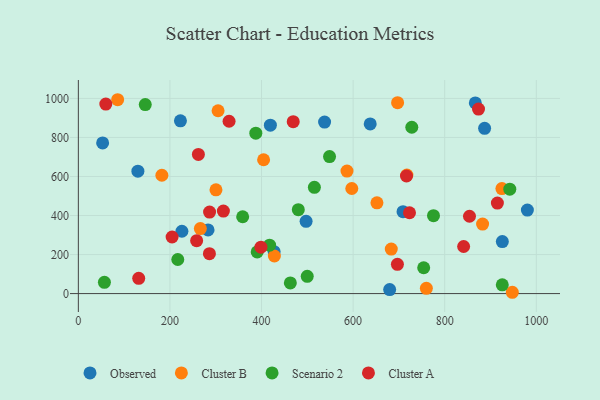
{"axis": {"x": "Experience", "y": "Demand"}, "legend": ["Cluster A", "Cluster B", "Observed", "Scenario 2"], "data": [{"x": "709.0", "y": 419.8, "type": "Observed"}, {"x": "419.3", "y": 862.7, "type": "Observed"}, {"x": "130.0", "y": 627.1, "type": "Observed"}, {"x": "887.1", "y": 846.9, "type": "Observed"}, {"x": "53.0", "y": 771.8, "type": "Observed"}, {"x": "925.8", "y": 266.3, "type": "Observed"}, {"x": "637.3", "y": 869.2, "type": "Observed"}, {"x": "497.3", "y": 370.0, "type": "Observed"}, {"x": "283.2", "y": 326.0, "type": "Observed"}, {"x": "222.9", "y": 885.4, "type": "Observed"}, {"x": "980.5", "y": 427.9, "type": "Observed"}, {"x": "537.7", "y": 879.0, "type": "Observed"}, {"x": "679.8", "y": 20.3, "type": "Observed"}, {"x": "866.8", "y": 976.9, "type": "Observed"}, {"x": "226.1", "y": 319.5, "type": "Observed"}, {"x": "427.5", "y": 214.8, "type": "Observed"}, {"x": "759.9", "y": 26.7, "type": "Cluster B"}, {"x": "182.4", "y": 606.2, "type": "Cluster B"}, {"x": "266.4", "y": 333.3, "type": "Cluster B"}, {"x": "652.0", "y": 465.0, "type": "Cluster B"}, {"x": "924.9", "y": 538.0, "type": "Cluster B"}, {"x": "597.1", "y": 538.5, "type": "Cluster B"}, {"x": "305.1", "y": 936.7, "type": "Cluster B"}, {"x": "586.6", "y": 627.9, "type": "Cluster B"}, {"x": "404.5", "y": 685.8, "type": "Cluster B"}, {"x": "882.7", "y": 355.9, "type": "Cluster B"}, {"x": "683.3", "y": 227.9, "type": "Cluster B"}, {"x": "85.8", "y": 993.3, "type": "Cluster B"}, {"x": "947.6", "y": 6.7, "type": "Cluster B"}, {"x": "428.0", "y": 192.5, "type": "Cluster B"}, {"x": "717.4", "y": 607.3, "type": "Cluster B"}, {"x": "300.5", "y": 531.7, "type": "Cluster B"}, {"x": "697.1", "y": 978.2, "type": "Cluster B"}, {"x": "499.8", "y": 88.6, "type": "Scenario 2"}, {"x": "390.5", "y": 213.2, "type": "Scenario 2"}, {"x": "462.9", "y": 54.8, "type": "Scenario 2"}, {"x": "387.5", "y": 821.8, "type": "Scenario 2"}, {"x": "417.6", "y": 248.2, "type": "Scenario 2"}, {"x": "942.1", "y": 534.9, "type": "Scenario 2"}, {"x": "480.3", "y": 429.7, "type": "Scenario 2"}, {"x": "548.5", "y": 702.0, "type": "Scenario 2"}, {"x": "754.1", "y": 132.4, "type": "Scenario 2"}, {"x": "217.1", "y": 174.7, "type": "Scenario 2"}, {"x": "728.1", "y": 852.3, "type": "Scenario 2"}, {"x": "515.4", "y": 544.6, "type": "Scenario 2"}, {"x": "775.5", "y": 399.0, "type": "Scenario 2"}, {"x": "56.9", "y": 57.8, "type": "Scenario 2"}, {"x": "146.1", "y": 968.4, "type": "Scenario 2"}, {"x": "925.7", "y": 44.8, "type": "Scenario 2"}, {"x": "358.8", "y": 393.7, "type": "Scenario 2"}, {"x": "329.1", "y": 883.0, "type": "Cluster A"}, {"x": "469.2", "y": 880.8, "type": "Cluster A"}, {"x": "398.7", "y": 238.0, "type": "Cluster A"}, {"x": "873.8", "y": 945.3, "type": "Cluster A"}, {"x": "286.5", "y": 417.8, "type": "Cluster A"}, {"x": "854.1", "y": 396.2, "type": "Cluster A"}, {"x": "204.7", "y": 289.9, "type": "Cluster A"}, {"x": "696.7", "y": 149.7, "type": "Cluster A"}, {"x": "723.1", "y": 414.1, "type": "Cluster A"}, {"x": "286.2", "y": 204.3, "type": "Cluster A"}, {"x": "131.8", "y": 78.1, "type": "Cluster A"}, {"x": "60.0", "y": 971.0, "type": "Cluster A"}, {"x": "915.0", "y": 463.9, "type": "Cluster A"}, {"x": "262.1", "y": 713.2, "type": "Cluster A"}, {"x": "841.3", "y": 241.2, "type": "Cluster A"}, {"x": "716.5", "y": 602.4, "type": "Cluster A"}, {"x": "258.3", "y": 271.1, "type": "Cluster A"}, {"x": "316.7", "y": 422.7, "type": "Cluster A"}]}